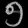
Digit: ၅